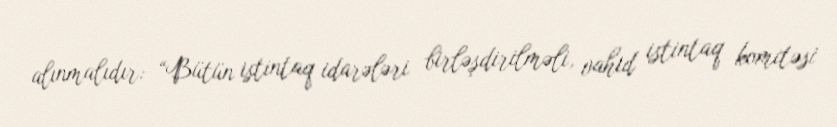
alınmalıdır: “Bütün istintaq idarələri birləşdirilməli, vahid istintaq komitəsi